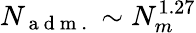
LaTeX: N_{\mathrm{~a~d~m~.~}}\sim N_{m}^{1.27}